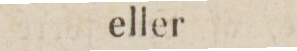
eller